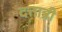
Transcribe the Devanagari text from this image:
दत्तात्री